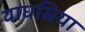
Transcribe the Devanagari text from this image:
वाघसिया